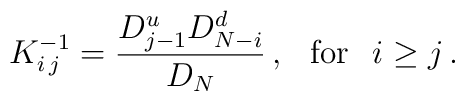
\:K^{-1}_{i\,j} = \frac{D_{j-1}^{u}D_{N-i}^{d}}{D_{N}} \,,\hspace{0.3cm} {\rm for} \hspace{0.3cm} i \geq j \,.\: